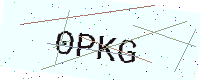
Text: 0PKG